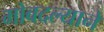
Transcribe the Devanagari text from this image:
मोबदल्याने